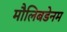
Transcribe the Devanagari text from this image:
मौलिबडेनम